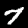
Digit: 7